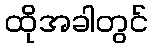
ထိုအခါတွင်